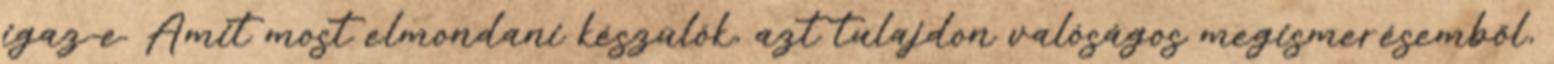
igaz-e. Amit most elmondani készülök, azt tulajdon valóságos megismerésemből,